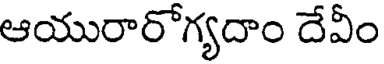
ఆయురారోగ్యదాం దేవీం